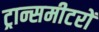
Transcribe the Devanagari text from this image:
ट्रान्समीटरों